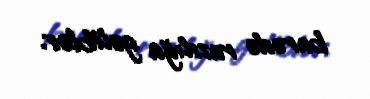
barədə razılığa gəliblər.